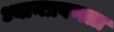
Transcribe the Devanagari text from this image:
ध्यानप्रवणता